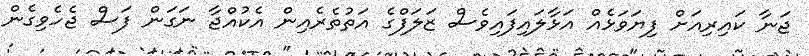
ޖަނާ ކައިރިއަށް ފިޔަވަޅެއް އަޅާލައިފައިވެސް ޒަލަފްގެ އަތުތެރެއިން އެކުއްޖާ ނަގަން ފަސް ޖެހެވިގެން